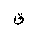
Letter: _qaf